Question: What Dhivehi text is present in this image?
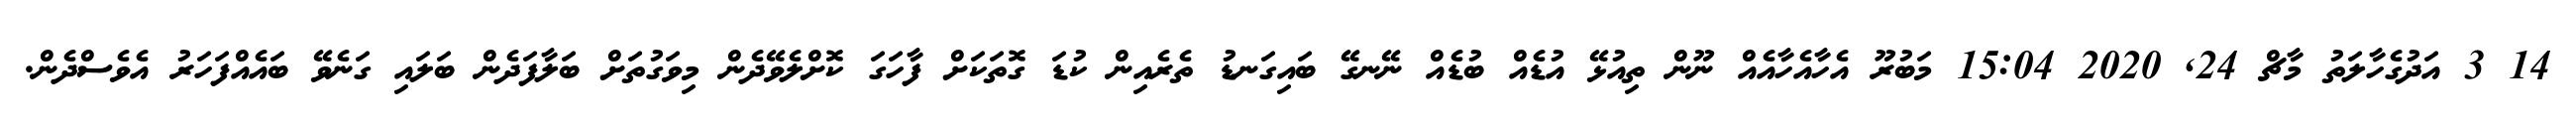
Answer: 14 3 އަދުގެހާލަތު މާޗް 24, 2020 15:04 މަބުރޫ އެހާއެހާއެއް ނޫން ތިއުޅޭ އުޑެއް ބުޑެއް ނޭނގޭ ބައިގަނޑު ތެރެއިން ކުޑަ ގޮތަކަށް ފާހަގަ ކޮށްލެވޭދެން މިވަގުތަށް ބަލާފަދެން ބަލައި ގަނެވޭ ބައެއްފަހަރު އެވެސްދެން.